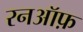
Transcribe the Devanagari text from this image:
रनऑफ़